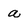
Character: a